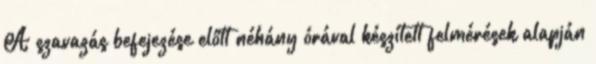
A szavazás befejezése előtt néhány órával készített felmérések alapján